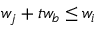
w _ { j } + t w _ { b } \leq w _ { i }